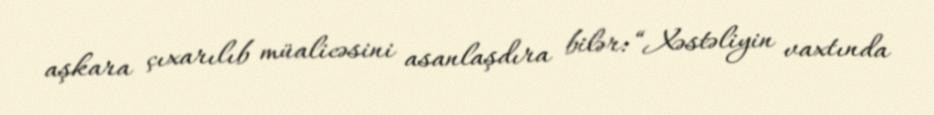
aşkara çıxarılıb müalicəsini asanlaşdıra bilər: “Xəstəliyin vaxtında